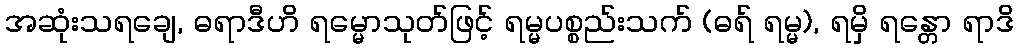
အဆုံးသရချေ, ဓရာဒီဟိ ရမ္မောသုတ်ဖြင့် ရမ္မပစ္စည်းသက် (ဓရ် ရမ္မ), ရမှိ ရန္တော ရာဒိ